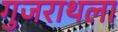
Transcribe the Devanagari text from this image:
गुजराथला